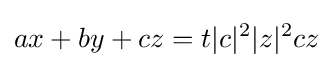
ax+by+cz=t|c|^{2}|z|^{2}cz